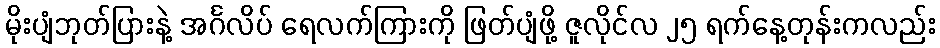
မိုးပျံဘုတ်ပြားနဲ့ အင်္ဂလိပ် ရေလက်ကြားကို ဖြတ်ပျံဖို့ ဇူလိုင်လ ၂၅ ရက်နေ့တုန်းကလည်း